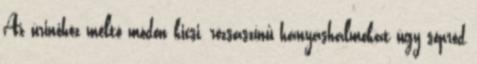
Az úrinőhöz méltó módon kicsi, rózsaszínű hányáshalmokat úgy söpröd